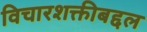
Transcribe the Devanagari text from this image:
विचारशक्तीबद्दल